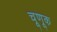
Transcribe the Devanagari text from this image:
चूणूक